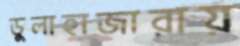
ডুলাহাজারায়